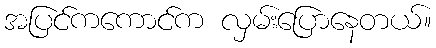
အပြင်ကကောင်က လှမ်းပြောနေတယ်။